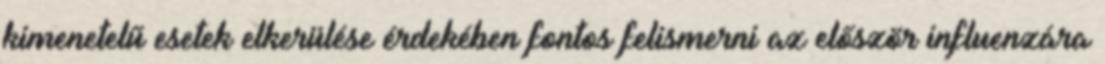
kimenetelű esetek elkerülése érdekében fontos felismerni az először influenzára